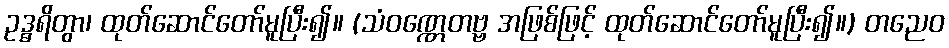
ဥဒ္ဓရိတွာ၊ ထုတ်ဆောင်တော်မူပြီး၍။ (သံဝဏ္ဏေတဗ္ဗ အဖြစ်ဖြင့် ထုတ်ဆောင်တော်မူပြီး၍။) တညေဝ